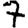
Digit: 7